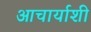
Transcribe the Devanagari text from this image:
आचार्याशी